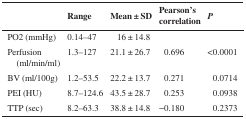
<table><thead><tr><td></td><td><b>Range</b></td><td><b>Mean ± SD</b></td><td><b>Pearson&#x27;s correlation</b></td><td><b><i>P</i></b></td></tr></thead><tbody><tr><td>PO2 (mmHg)</td><td>0.14–47</td><td>16 ± 14.8</td><td></td><td></td></tr><tr><td>Perfusion (ml/min/ml)</td><td>1.3–127</td><td>21.1 ± 26.7</td><td>0.696</td><td>&lt;0.0001</td></tr><tr><td>BV (ml/100g)</td><td>1.2–53.5</td><td>22.2 ± 13.7</td><td>0.271</td><td>0.0714</td></tr><tr><td>PEI (HU)</td><td>8.7–124.6</td><td>43.5 ± 28.7</td><td>0.253</td><td>0.0938</td></tr><tr><td>TTP (sec)</td><td>8.2–63.3</td><td>38.8 ± 14.8</td><td>−0.180</td><td>0.2373</td></tr></tbody></table>